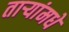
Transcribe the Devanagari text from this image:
ताऱ्यांमधे